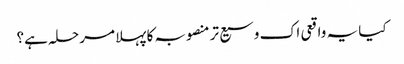
کیا یہ واقعی اک وسیع تر منصوبہ کا پہلا مرحلہ ہے؟